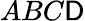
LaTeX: ABC\mathsf{D}